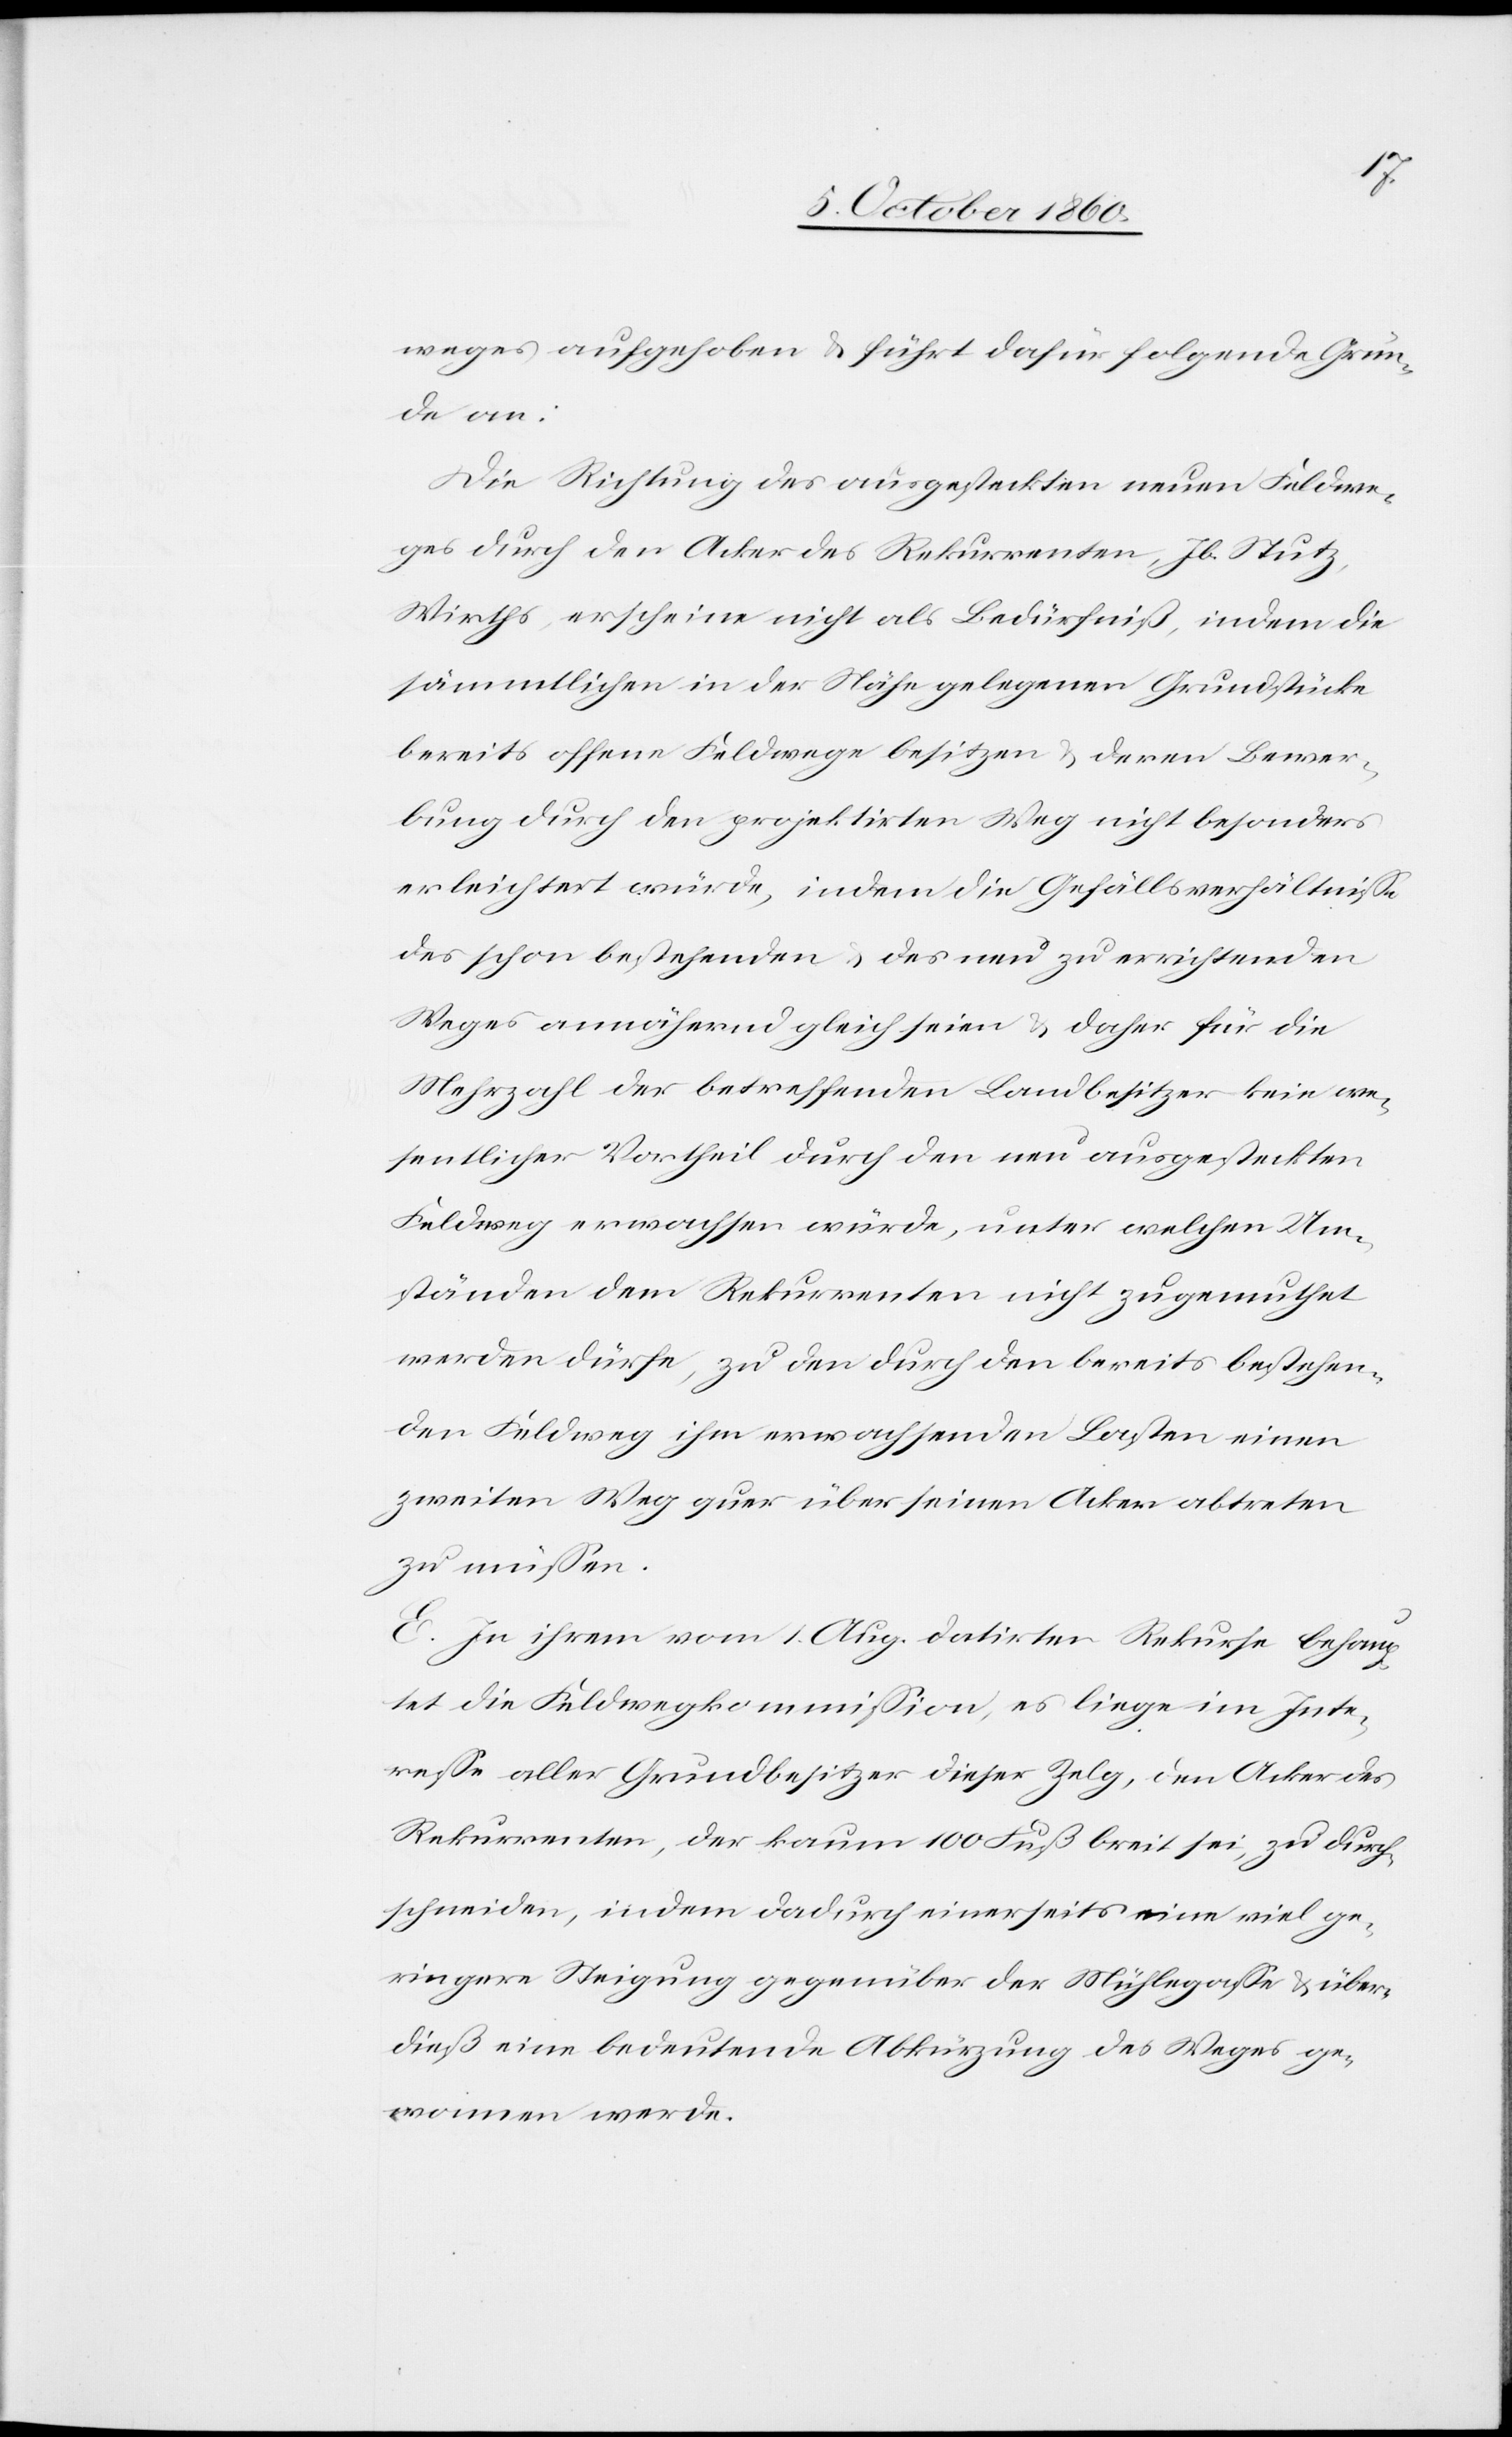
weges aufgehoben u. führt dafür folgende Grün¬
de an:
Die Richtung des ausgesteckten neuen Feldwe¬
ges durch den Acker des Rekurrenten, Jb. Stutz,
Wirths, erscheine nicht als Bedürfniß, indem die
sämmtlichen in der Nähe gelegenen Grundstücke
bereits offene Feldwege besitzen u. deren Bewer¬
bung durch den projektirten Weg nicht besonders
erleichtert würde, indem die Gefällsverhältnisse
des schon bestehenden u. des neu zu errichtenden
Weges annähernd gleich seien u. daher für die
Mehrzahl der betreffenden Landbesitzer kein we¬
sentlicher Vorheil durch den neu ausgesteckten
Feldweg erwachsen würde, unter welchen Um¬
ständen dem Rekurrenten nicht zugemuthet
werden dürfe, zu den durch den bereits bestehen¬
den Feldweg ihm erwachsenden Lasten einen
zweiten Weg quer über seinen Acker abtreten
zu müssen.
E. In ihrem vom 1. Aug. datirten Rekurse behaup¬
tet die Feldwegkommission, es liege im Inte¬
resse aller Grundbesitzer dieser Zelg, den Acker des
Rekurrenten, der kaum 100 Fuß breit sei, zu durch¬
schneiden, indem dadurch einerseits eine viel ge¬
ringere Steigung gegenüber der Mühlegasse u. über¬
dieß eine bedeutende Abkürzung des Weges ge¬
nommen werde.